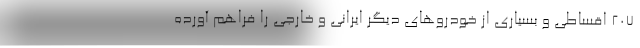
207 اقساطی و بسیاری از خودروهای دیگر ایرانی و خارجی را فراهم آورده